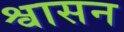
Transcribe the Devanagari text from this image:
श्वासन